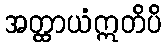
အတ္ထာယံဣတိပိ